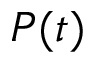
P ( t )